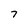
Character: 7